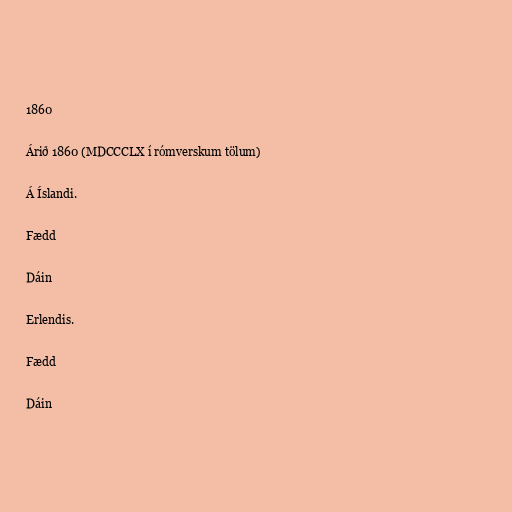
1860

Árið 1860 (MDCCCLX í rómverskum tölum)

Á Íslandi.

Fædd

Dáin

Erlendis.

Fædd

Dáin